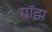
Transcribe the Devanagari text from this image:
ग्रॉझ